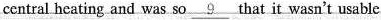
central heating and was so \underline{9} that it wasn't usable